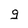
Character: g